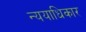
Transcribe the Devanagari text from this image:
न्ययाधिकार